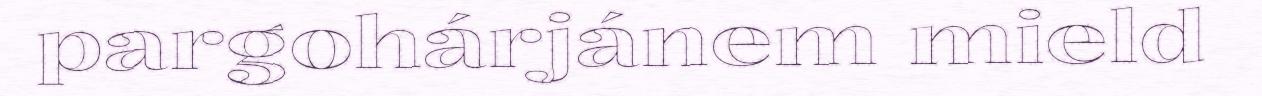
pargohárjánem mield